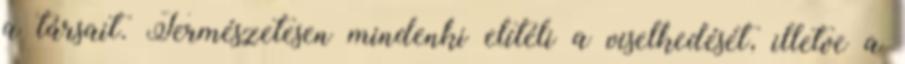
a társait. Természetesen mindenki elítéli a viselkedését, illetve a